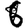
Digit: 6